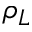
\rho _ { L }